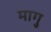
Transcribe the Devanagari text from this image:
मागु